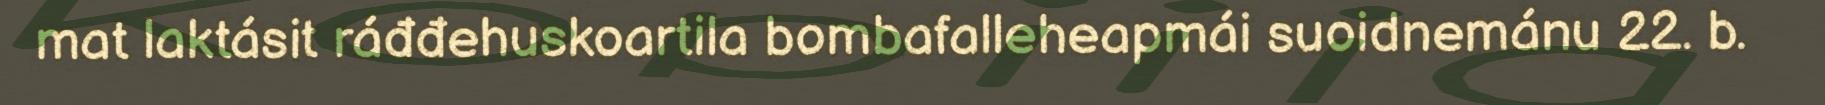
mat laktásit ráđđehuskoartila bombafalleheapmái suoidnemánu 22. b.